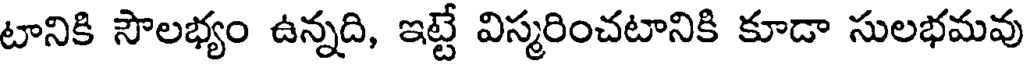
టానికి సౌలభ్యం ఉన్నది, ఇట్టే విస్మరించటానికి కూడా సులభమవు